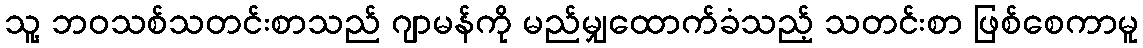
သူ့ ဘဝသစ်သတင်းစာသည် ဂျာမန်ကို မည်မျှထောက်ခံသည့် သတင်းစာ ဖြစ်စေကာမူ